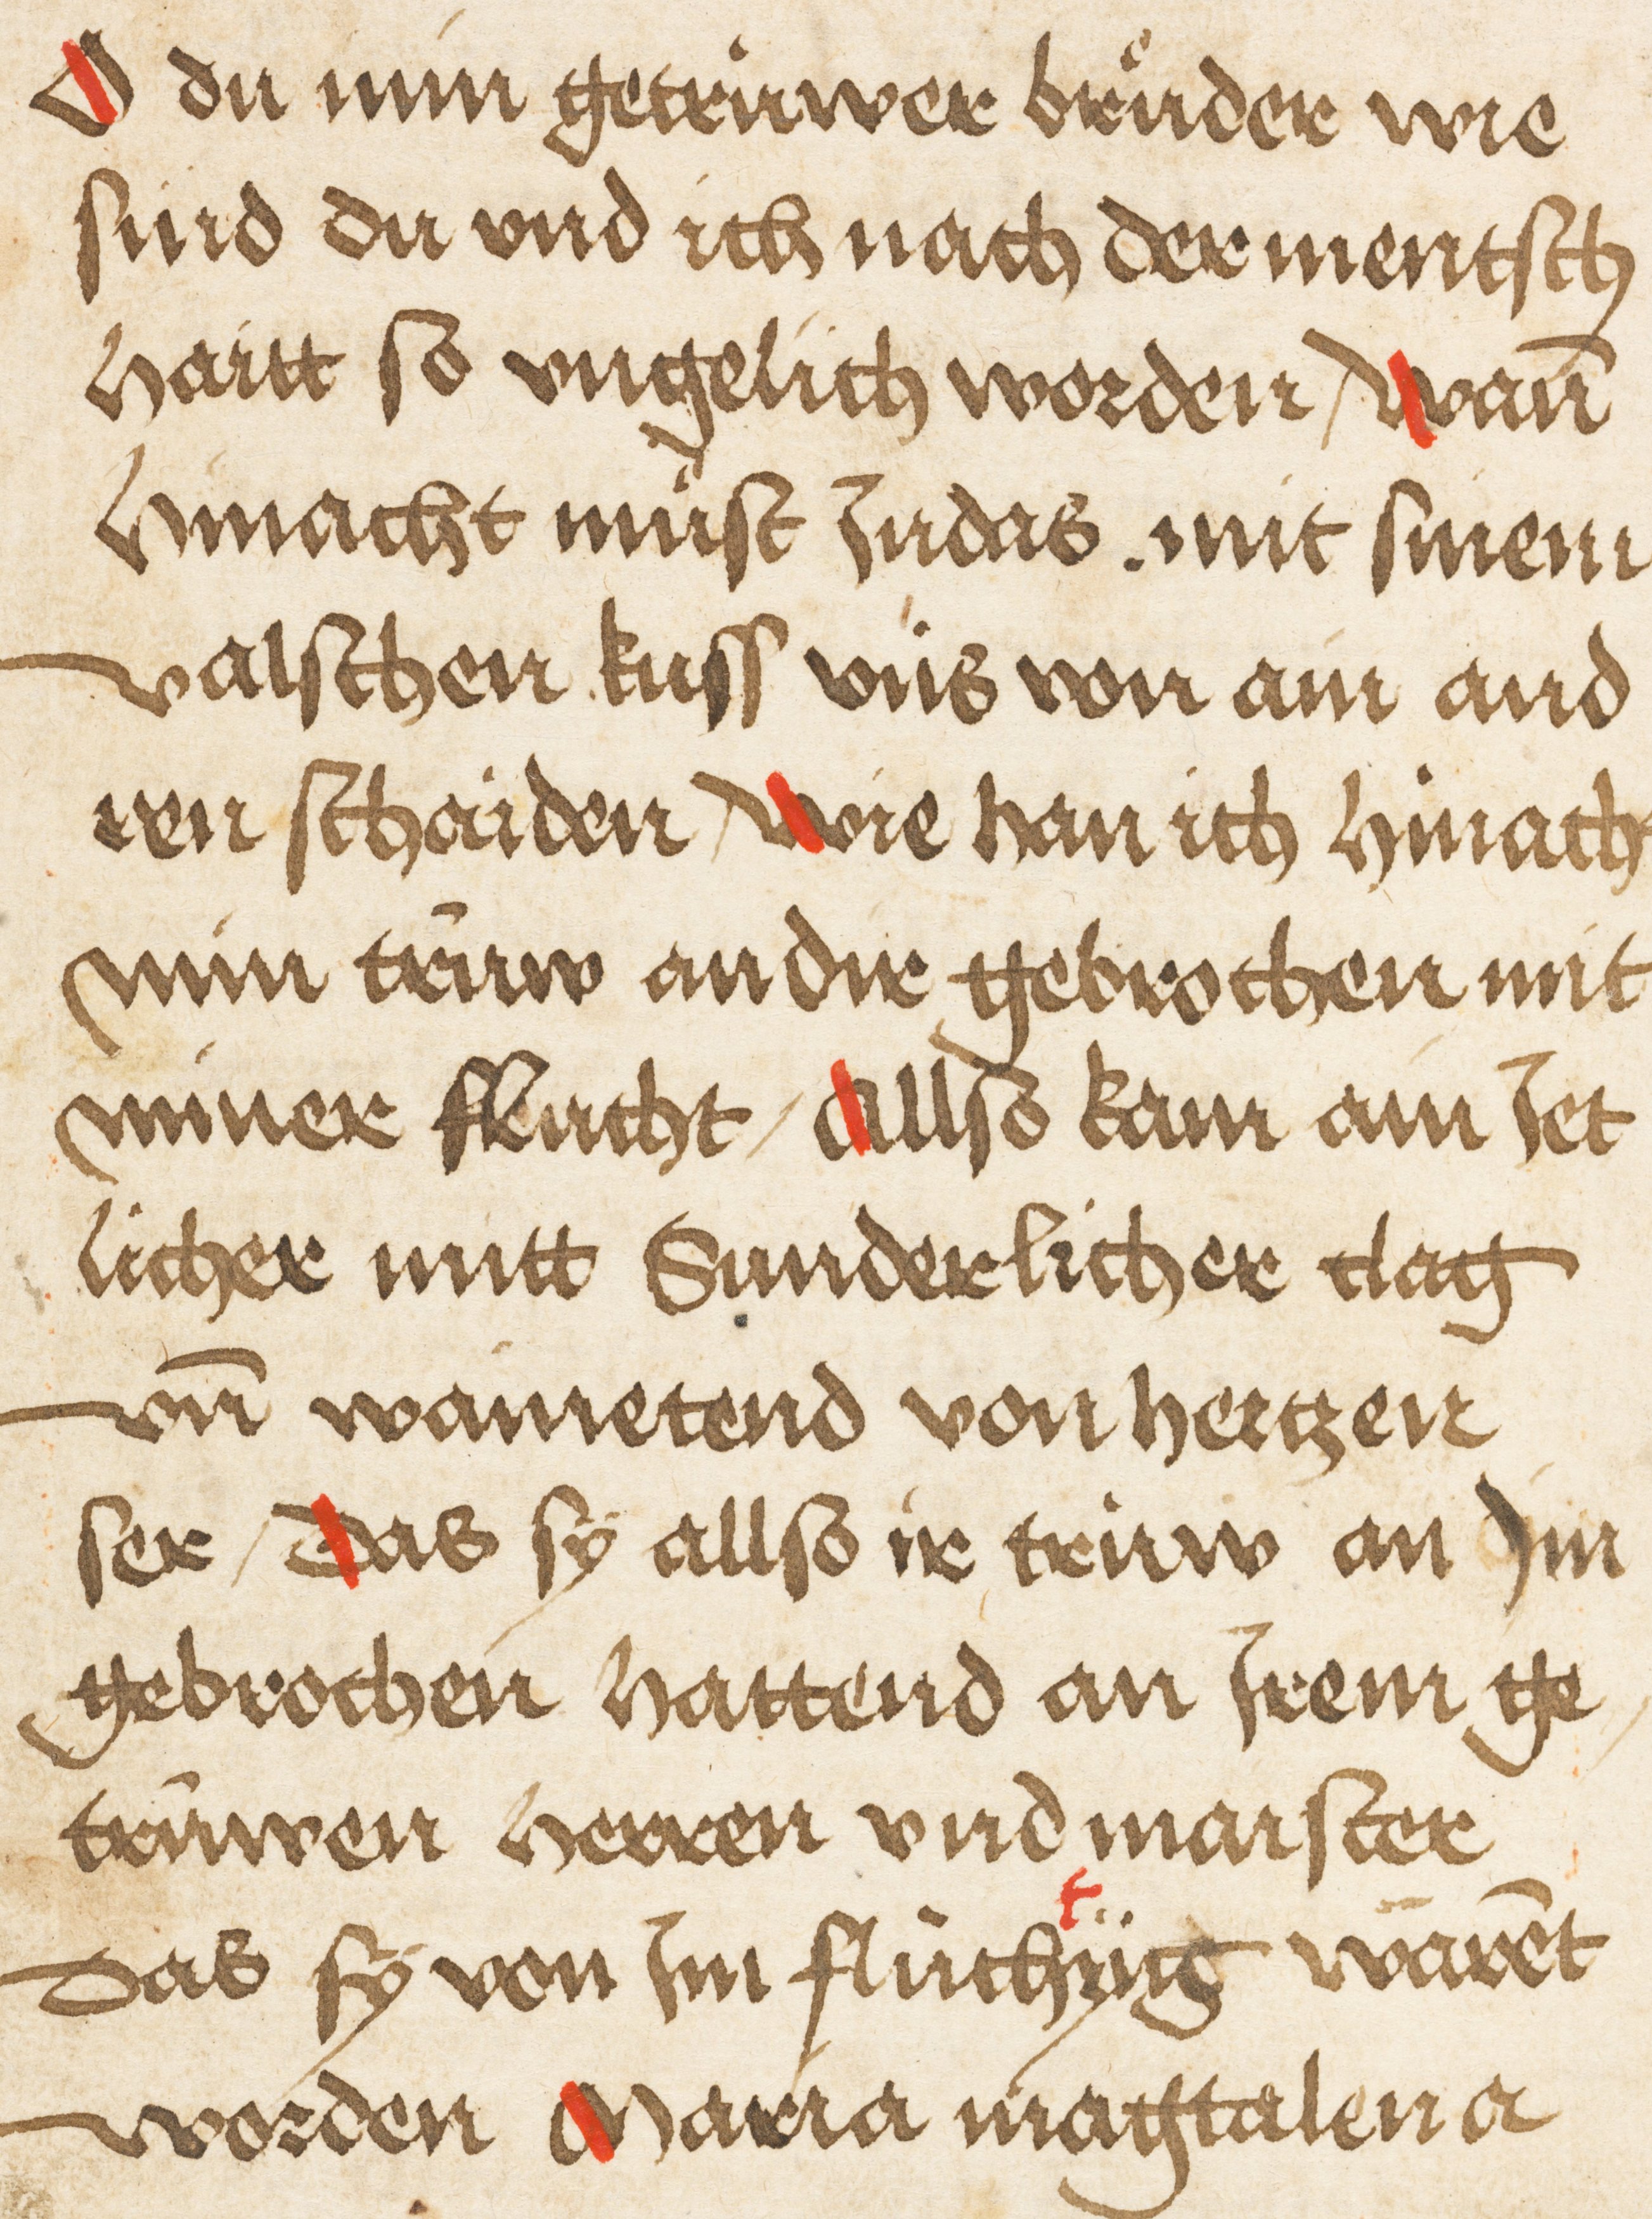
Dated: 1495–1495